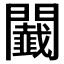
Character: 𨷡